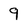
Character: 9